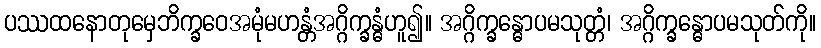
ပဿထနောတုမှေဘိက္ခဝေအမုံမဟန္တံအဂ္ဂိက္ခန္ဓံဟူ၍။ အဂ္ဂိက္ခန္ဓောပမသုတ္တံ၊ အဂ္ဂိက္ခန္ဓောပမသုတ်ကို။